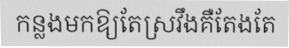
កន្លងមកឱ្យតែស្រវឹងគឺតែងតែ